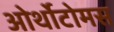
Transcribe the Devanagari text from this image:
ओर्थोटोमस